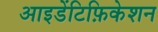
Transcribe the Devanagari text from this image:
आइडेंटिफ़िकेशन